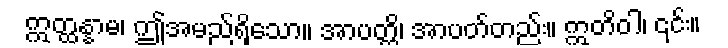
ဣတ္ထန္နာမ၊ ဤအမည်ရှိသော။ အာပတ္တိ၊ အာပတ်တည်း။ ဣတိဝါ၊ ၎င်း။